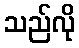
သည်လို